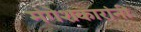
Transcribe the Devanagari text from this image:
मंगेशकारांनी